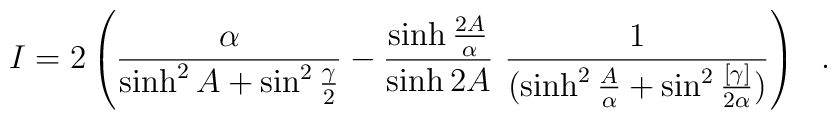
I=2\left({\alpha\over \sinh^2 A+\sin^2{\gamma\over 2}}-{\sinh {2A\over \alpha}\over \sinh {2A}}~{1\over ( \sinh^2 {A\over \alpha}+\sin^2{[\gamma ]\over 2\alpha})} \right)~~.